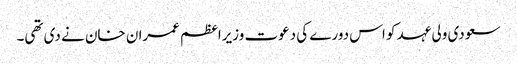
سعودی ولی عہد کو اس دورے کی دعوت وزیراعظم عمران خان نے دی تھی۔